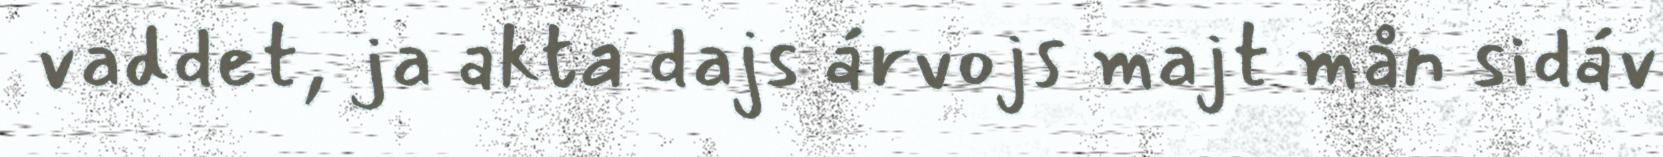
vaddet, ja akta dajs árvojs majt mån sidáv